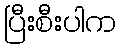
ပြီးစီးပါက